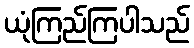
ယုံကြည်ကြပါသည်